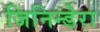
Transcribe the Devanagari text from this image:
जिनिन्डेरा